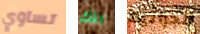
تساوي تلك الجراثيم